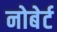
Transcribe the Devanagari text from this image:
नोबेर्ट